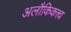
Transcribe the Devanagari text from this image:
अलौकिकत्त्व